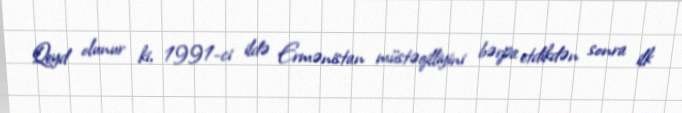
Qeyd olunur ki, 1991-ci ildə Ermənistan müstəqilliyini bərpa etdikdən sonra ilk